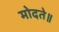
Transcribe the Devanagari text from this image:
मोदते॥